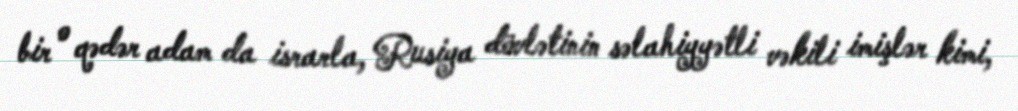
bir o qədər adam da israrla, Rusiya dövlətinin səlahiyyətli vəkili imişlər kimi,